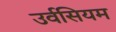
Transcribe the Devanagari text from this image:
उर्वसियम